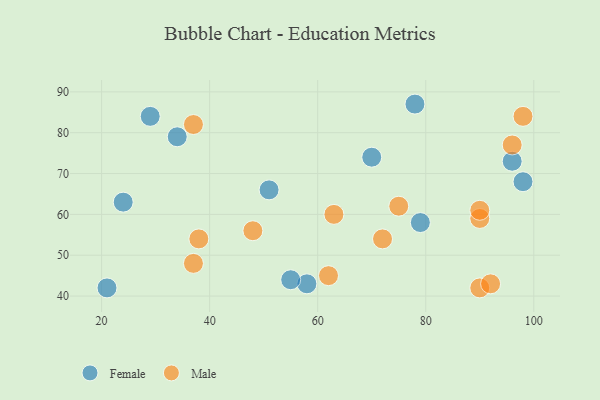
{"axis": {"x": "GDP", "y": "Life Expectancy"}, "legend": ["Female", "Male"], "data": [{"x": "21", "y": 42, "type": "Female"}, {"x": "98", "y": 68, "type": "Female"}, {"x": "24", "y": 63, "type": "Female"}, {"x": "78", "y": 87, "type": "Female"}, {"x": "96", "y": 73, "type": "Female"}, {"x": "51", "y": 66, "type": "Female"}, {"x": "29", "y": 84, "type": "Female"}, {"x": "58", "y": 43, "type": "Female"}, {"x": "55", "y": 44, "type": "Female"}, {"x": "70", "y": 74, "type": "Female"}, {"x": "34", "y": 79, "type": "Female"}, {"x": "79", "y": 58, "type": "Female"}, {"x": "63", "y": 60, "type": "Male"}, {"x": "37", "y": 82, "type": "Male"}, {"x": "62", "y": 45, "type": "Male"}, {"x": "48", "y": 56, "type": "Male"}, {"x": "72", "y": 54, "type": "Male"}, {"x": "98", "y": 84, "type": "Male"}, {"x": "96", "y": 77, "type": "Male"}, {"x": "90", "y": 42, "type": "Male"}, {"x": "75", "y": 62, "type": "Male"}, {"x": "90", "y": 59, "type": "Male"}, {"x": "90", "y": 61, "type": "Male"}, {"x": "37", "y": 48, "type": "Male"}, {"x": "38", "y": 54, "type": "Male"}, {"x": "92", "y": 43, "type": "Male"}]}